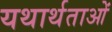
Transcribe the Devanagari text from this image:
यथार्थताओं